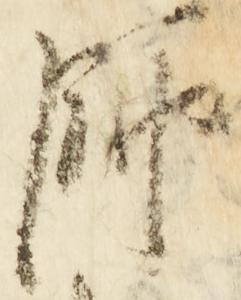
師